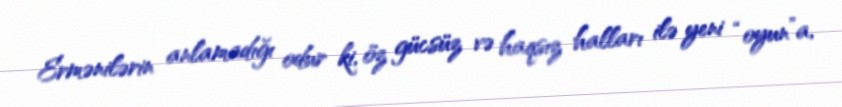
Ermənilərin anlamadığı odur ki, öz gücsüz və haqsız halları ilə yeni “oyun”a,